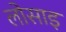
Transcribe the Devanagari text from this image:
लोसाइ